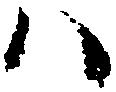
ハ